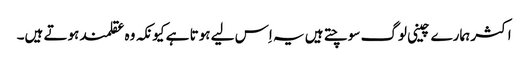
اکثر ہمارے چینی لوگ سوچتے ہیں یہ اِس لیے ہوتا ہے کیونکہ وہ عقلمند ہوتے ہیں۔